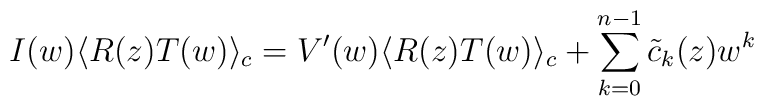
I(w) \langle R(z) T(w) \rangle_c = V'(w) \langle R(z) T(w) \rangle_c +\sum_{k=0}^{n-1} {\tilde c}_k(z) w^k